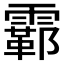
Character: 𫕮